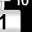
Digit: 1